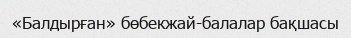
«Балдырған» бөбекжай-балалар бақшасы